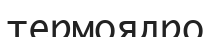
термоядро